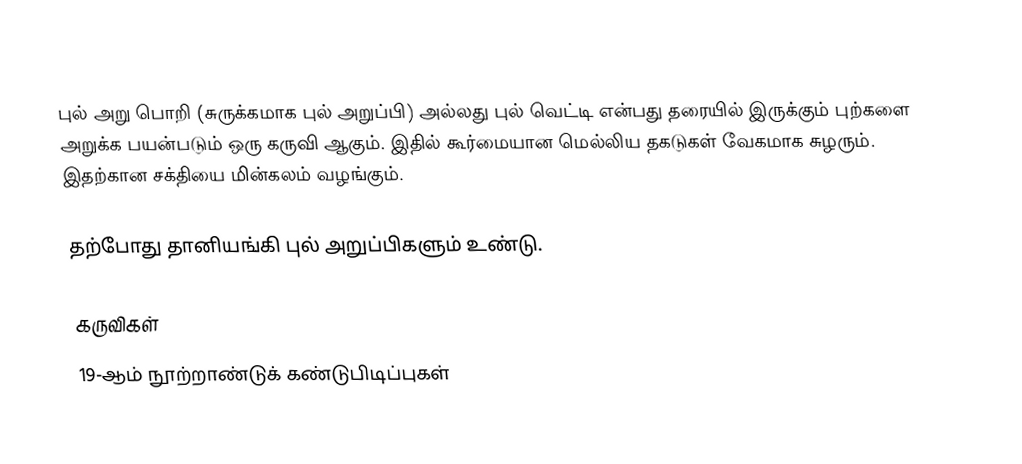
புல் அறு பொறி (சுருக்கமாக புல் அறுப்பி) அல்லது புல் வெட்டி என்பது தரையில் இருக்கும் புற்களை அறுக்க பயன்படும் ஒரு கருவி ஆகும். இதில் கூர்மையான மெல்லிய தகடுகள் வேகமாக சுழரும். இதற்கான சக்தியை மின்கலம் வழங்கும்.

தற்போது தானியங்கி புல் அறுப்பிகளும் உண்டு.

கருவிகள்
19-ஆம் நூற்றாண்டுக் கண்டுபிடிப்புகள்